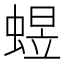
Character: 䗑